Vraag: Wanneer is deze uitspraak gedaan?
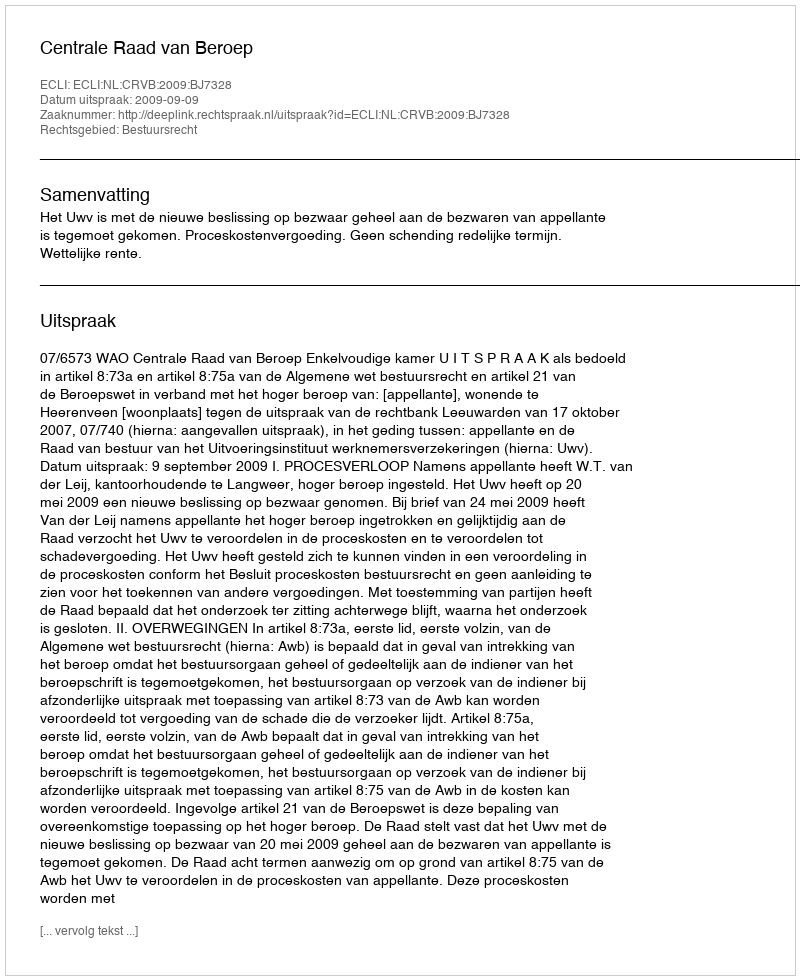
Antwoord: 2009-09-09